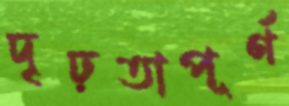
দৃঢ়তাপূর্ণ